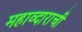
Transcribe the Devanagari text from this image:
महाव्दाराची